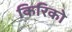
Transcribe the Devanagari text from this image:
किरिको